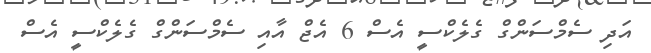
އަދި ސެމްސަންގް ގެލެކްސީ އެސް 6 އެޖް އާއި ސެމްސަންގް ގެލެކްސީ އެސް